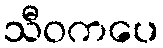
သီဝကပေ